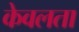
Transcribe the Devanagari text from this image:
केवलता